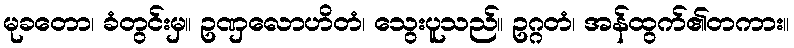
မုခတော၊ ခံတွင်းမှ။ ဥဏှလောဟိတံ၊ သွေးပူသည်။ ဥဂ္ဂတံ၊ အန်ထွက်၏တကား။